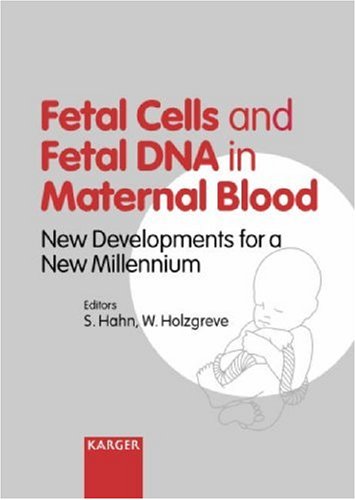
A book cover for Fetal Cells and Fetal DNA in Maternal Blood: New Developments for a New Millennium 11th Fetal Cell Workshop, Basel, April 2000: Proceedings; Medical Books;